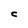
Character: C